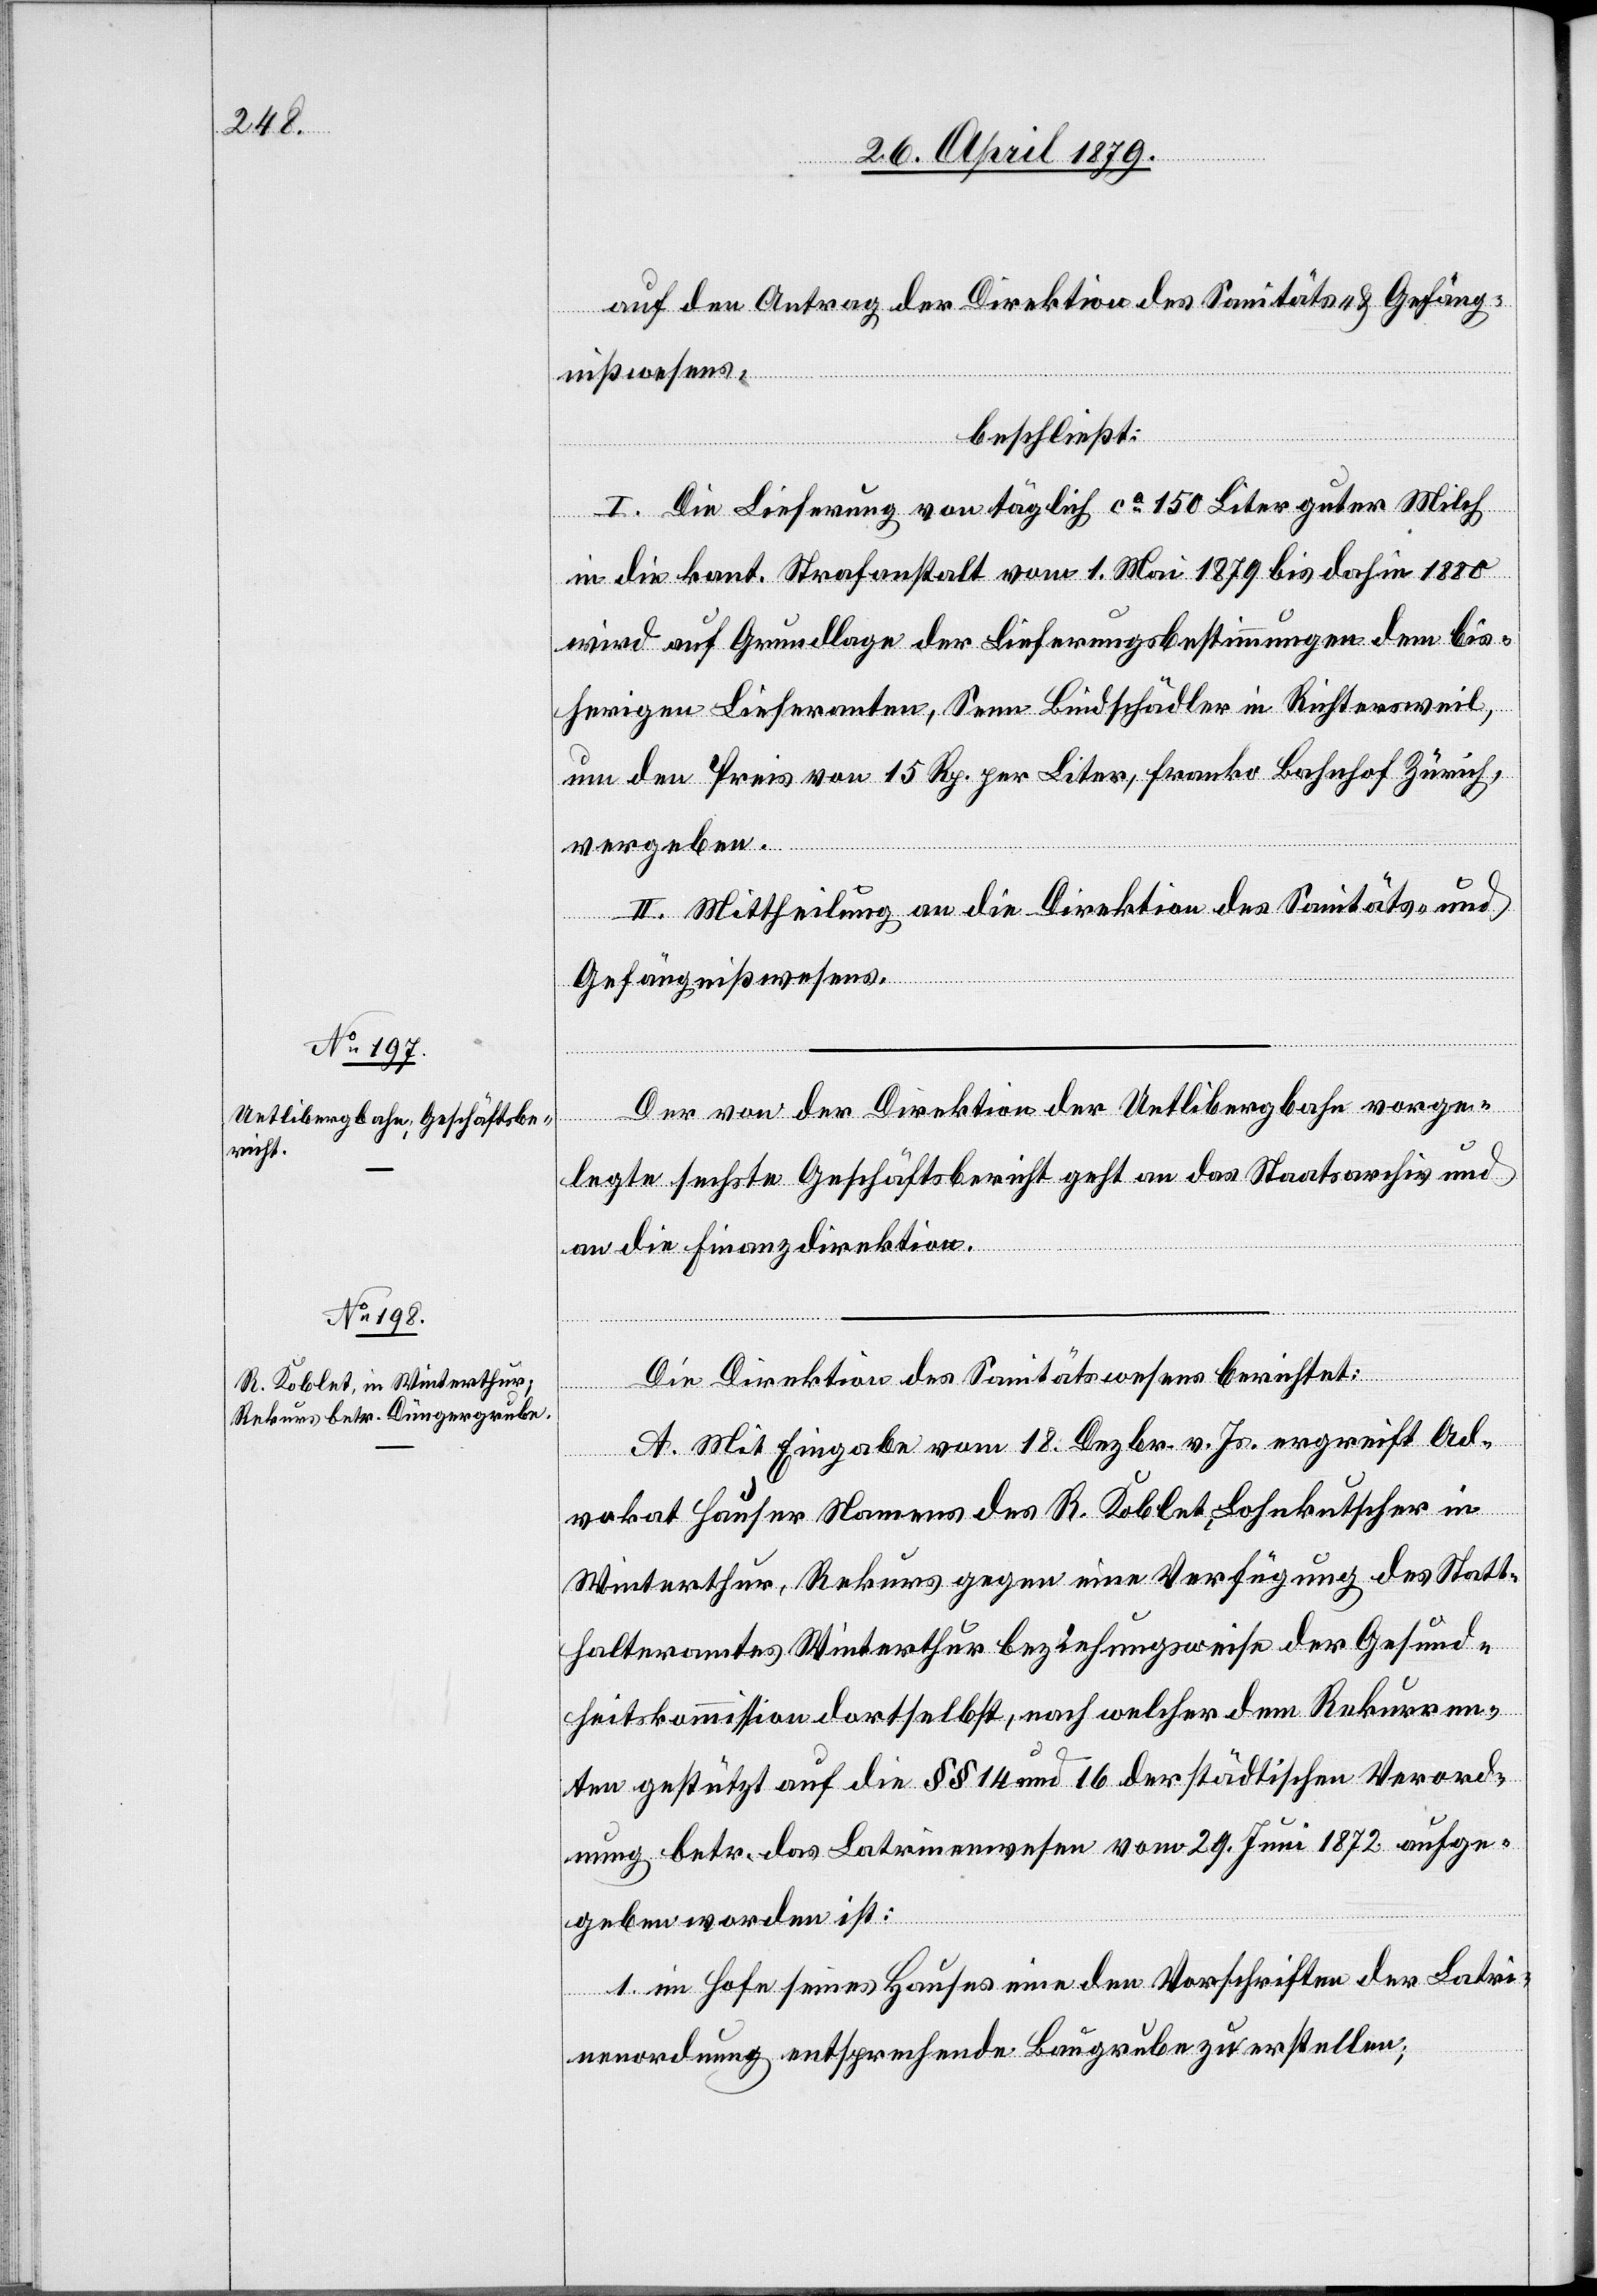
auf den Antrag der Direktion des Sanitäts- & Gefäng¬
nißwesens,
beschließt:
I. Die Lieferung von täglich ca 150 Liter guter Milch
in die kant. Strafanstalt vom 1. Mai 1879 bis dahin 1880
wird auf Grundlage der Lieferungsbestimmungen dem bis¬
herigen Lieferanten, Senn Bindschädler in Richtersweil,
um den Preis von 15 Rp. per Liter, franko Bahnhof Zürich,
vergeben.
II. Mittheilung an die Direktion des Sanitäts- und
Gefängnißwesens.
Der von der Direktion der Uetlibergbahn vorge¬
legte sechste Geschäftsbericht geht an das Staatsarchiv und
an die Finanzdirektion.
Die Direktion des Sanitätswesens berichtet:
A. Mit Eingabe vom 18. Dezbr. v. Js. ergreift Ad¬
vokat Hauser Namens des R. Koblet, Lohnkutscher in
Winterthur, Rekurs gegen eine Verfügung des Statt¬
halteramtes Winterthur beziehungsweise der Gesund¬
heitskommission dortselbst, nach welcher dem Rekurren¬
ten gestützt auf die §§ 14 und 16 der städtischen Verord¬
nung betr. das Latrinenwesen vom 29. Juni 1872 aufge¬
geben worden ist:
1. im Hofe seines Hauses eine den Vorschriften der Latri¬
nenordnung entsprechende Baugrube zu erstellen;